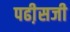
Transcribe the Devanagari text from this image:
पढी़सजी